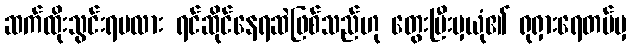
ဆက်ထိုးသွင်းရမလား ရင်ဆိုင်နေရဆဲဖြစ်သည်ဟု တွေးပြီးမှယုံ၏ ရုရှားရေတပ်မှ